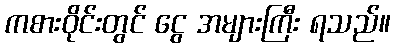
ကစားဝိုင်းတွင် ငွေ အများကြီး ရသည်။